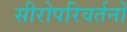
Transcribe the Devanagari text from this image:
सीरोपरिवर्तनों